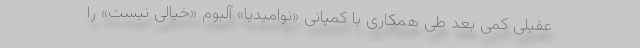
عقیلی کمی بعد طی همکاری با کمپانی «نوامیدیا» آلبوم «خیالی نیست» را